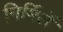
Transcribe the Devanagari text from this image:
निर्मिलें